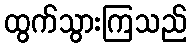
ထွက်သွားကြသည်